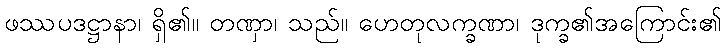
ဖဿပဒဋ္ဌာနာ၊ ရှိ၏။ တဏှာ၊ သည်။ ဟေတုလက္ခဏာ၊ ဒုက္ခ၏အကြောင်း၏